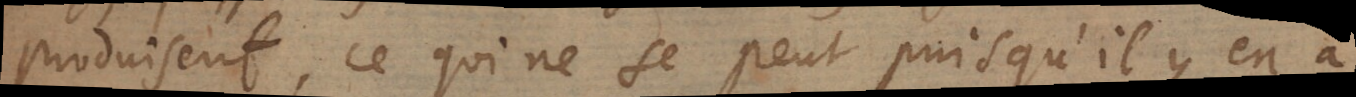
produisent, ce qui ne se peut puisqu’il y en a